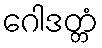
ဂေါဒတ္တံ